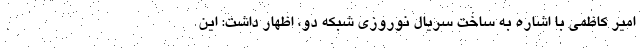
امیر کاظمی با اشاره به ساخت سریال نوروزی شبکه دو، اظهار داشت: این